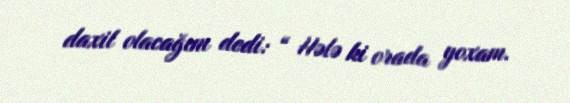
daxil olacağını dedi: “ Hələ ki orada yoxam.